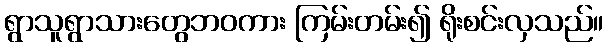
ရွာသူရွာသားတွေဘဝကား ကြမ်းတမ်း၍ ရိုးစင်းလှသည်။